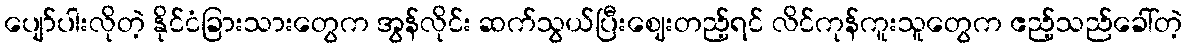
ပျော်ပါးလိုတဲ့ နိုင်ငံခြားသားတွေက အွန်လိုင်း ဆက်သွယ်ပြီးဈေးတည့်ရင် လိင်ကုန်ကူးသူတွေက ဧည့်သည်ခေါ်တဲ့